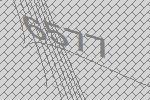
6577